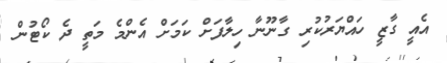
އެއީ ގާޒީ ހައްޔަރުކުރި ގާނޫނާ ހިލާފަށް ކަމަށް އެންމެ މަތީ ދެ ކޯޓުން